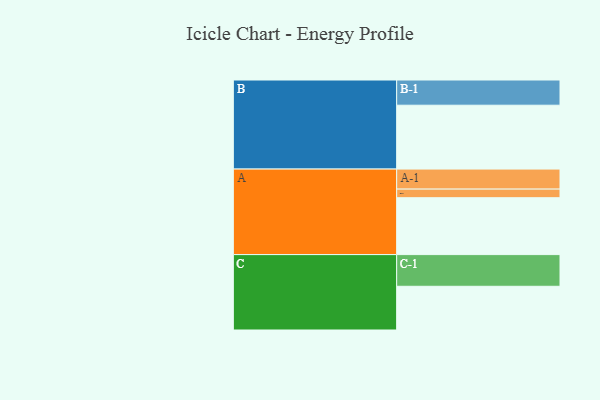
{"axis": {"x": "Segment", "y": "Value"}, "legend": ["", "A", "B", "C"], "data": [{"x": "A", "y": 449, "type": ""}, {"x": "B", "y": 504, "type": ""}, {"x": "C", "y": 345, "type": ""}, {"x": "A-1", "y": 158, "type": "A"}, {"x": "A-2", "y": 68, "type": "A"}, {"x": "B-1", "y": 199, "type": "B"}, {"x": "C-1", "y": 250, "type": "C"}]}